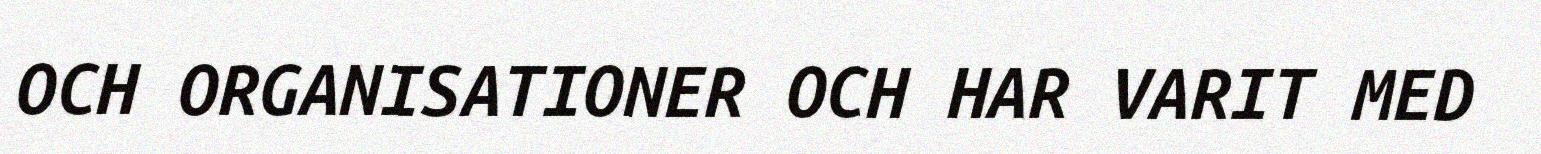
OCH ORGANISATIONER OCH HAR VARIT MED